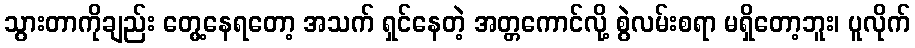
သွားတာကိုချည်း တွေ့နေရတော့ အသက် ရှင်နေတဲ့ အတ္တကောင်လို့ စွဲလမ်းစရာ မရှိတော့ဘူး၊ ပူလိုက်